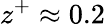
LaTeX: z^{+}\approx 0.2